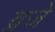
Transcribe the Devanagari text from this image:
व्रजे